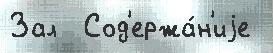
Зал  Сод'ержа́н'иjе